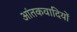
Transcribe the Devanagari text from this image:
आंतकवादियों